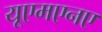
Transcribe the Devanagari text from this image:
यूएमएनए